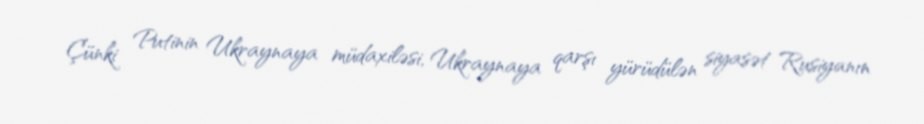
Çünki Putinin Ukraynaya müdaxiləsi, Ukraynaya qarşı yürüdülən siyasət Rusiyanın